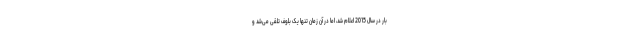
بار در سال 2015 اعلام شد، اما در آن زمان تنها یک بلوف تلقی می‌شد و